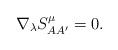
LaTeX: \begin{align*}\nabla _{\lambda }S_{AA^{\prime }}^{\mu }=0. \end{align*}